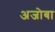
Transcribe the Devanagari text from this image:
अजोबा